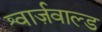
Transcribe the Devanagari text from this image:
श्वार्ज़वाल्ड